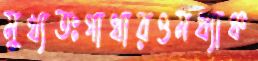
মুখ্যতঃগাথারওমধ্যাঞ্চ